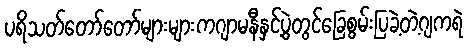
ပရိသတ်တော်တော်များများကဂျာမနီနှင့်ပွဲတွင်ခြေစွမ်းပြခဲ့တဲ့ဂျကရဲ